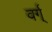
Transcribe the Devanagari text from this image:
वर्ग्